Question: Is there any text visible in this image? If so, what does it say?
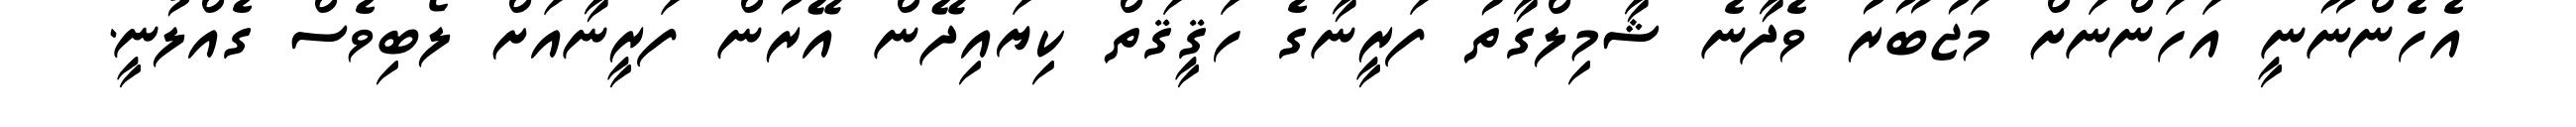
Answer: އެހެންނޫނީ އަހަންނަށް މަޖުބޫރު ވެދާނެ ޝާމިލްގާތު ފަރީނާގެ ހަޤީޤަތް ކިޔައިދޭން އޭރުން ފަރީނާއަށް ލޯބިވެސް ގެއްލުނީ.